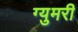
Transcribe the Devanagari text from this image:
ग्युमरी